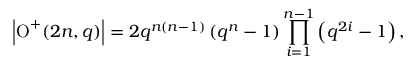
\left| \operatorname { O } ^ { + } ( 2 n , q ) \right| = 2 q ^ { n ( n - 1 ) } \left( q ^ { n } - 1 \right) \prod _ { i = 1 } ^ { n - 1 } \left( q ^ { 2 i } - 1 \right) ,